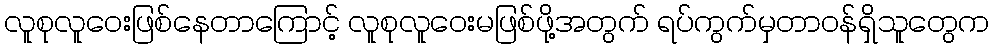
လူစုလူဝေးဖြစ်နေတာကြောင့် လူစုလူဝေးမဖြစ်ဖို့အတွက် ရပ်ကွက်မှတာဝန်ရှိသူတွေက